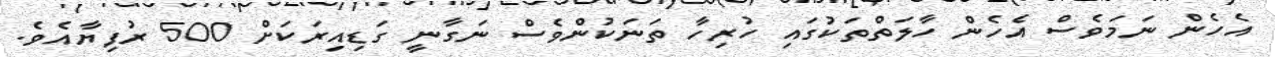
އެހެން ނަމަވެސް އެހެން ހާލަތްތަކުގައި ހުރިހާ ތަނަކުންވެސް ނަގާނީ ގަޑިއިރަކަށް 500 ރުފިޔާއެވެ.